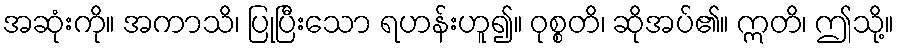
အဆုံးကို။ အကာသိ၊ ပြုပြီးသော ရဟန်းဟူ၍။ ဝုစ္စတိ၊ ဆိုအပ်၏။ ဣတိ၊ ဤသို့။